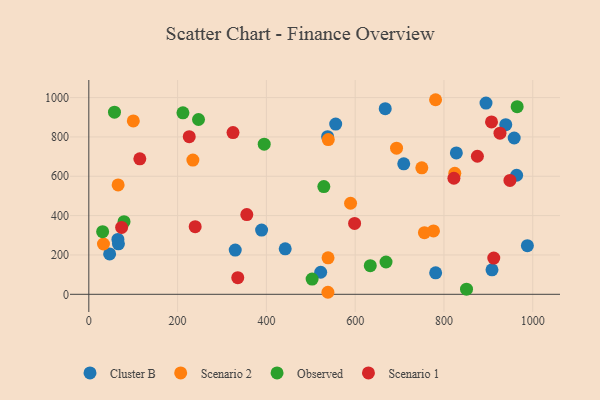
{"axis": {"x": "Investment", "y": "Fuel Efficiency"}, "legend": ["Cluster B", "Observed", "Scenario 1", "Scenario 2"], "data": [{"x": "987.9", "y": 247.4, "type": "Cluster B"}, {"x": "46.9", "y": 205.4, "type": "Cluster B"}, {"x": "329.8", "y": 224.9, "type": "Cluster B"}, {"x": "963.7", "y": 605.2, "type": "Cluster B"}, {"x": "667.7", "y": 943.7, "type": "Cluster B"}, {"x": "442.4", "y": 231.0, "type": "Cluster B"}, {"x": "65.5", "y": 278.9, "type": "Cluster B"}, {"x": "894.7", "y": 972.0, "type": "Cluster B"}, {"x": "958.2", "y": 794.6, "type": "Cluster B"}, {"x": "556.1", "y": 865.3, "type": "Cluster B"}, {"x": "389.2", "y": 326.3, "type": "Cluster B"}, {"x": "908.2", "y": 124.2, "type": "Cluster B"}, {"x": "66.7", "y": 256.8, "type": "Cluster B"}, {"x": "781.3", "y": 109.2, "type": "Cluster B"}, {"x": "537.9", "y": 801.4, "type": "Cluster B"}, {"x": "939.2", "y": 862.3, "type": "Cluster B"}, {"x": "709.4", "y": 663.2, "type": "Cluster B"}, {"x": "522.3", "y": 112.0, "type": "Cluster B"}, {"x": "827.9", "y": 718.7, "type": "Cluster B"}, {"x": "234.4", "y": 682.3, "type": "Scenario 2"}, {"x": "693.2", "y": 743.0, "type": "Scenario 2"}, {"x": "33.0", "y": 255.8, "type": "Scenario 2"}, {"x": "750.1", "y": 643.1, "type": "Scenario 2"}, {"x": "538.6", "y": 10.3, "type": "Scenario 2"}, {"x": "539.4", "y": 786.8, "type": "Scenario 2"}, {"x": "781.1", "y": 989.2, "type": "Scenario 2"}, {"x": "538.9", "y": 185.5, "type": "Scenario 2"}, {"x": "589.6", "y": 462.9, "type": "Scenario 2"}, {"x": "824.4", "y": 615.2, "type": "Scenario 2"}, {"x": "66.0", "y": 556.2, "type": "Scenario 2"}, {"x": "100.2", "y": 881.3, "type": "Scenario 2"}, {"x": "776.4", "y": 322.4, "type": "Scenario 2"}, {"x": "756.0", "y": 313.1, "type": "Scenario 2"}, {"x": "964.9", "y": 953.7, "type": "Observed"}, {"x": "850.8", "y": 26.1, "type": "Observed"}, {"x": "669.5", "y": 164.3, "type": "Observed"}, {"x": "212.0", "y": 922.4, "type": "Observed"}, {"x": "634.0", "y": 145.5, "type": "Observed"}, {"x": "503.0", "y": 77.5, "type": "Observed"}, {"x": "79.3", "y": 369.1, "type": "Observed"}, {"x": "57.8", "y": 925.9, "type": "Observed"}, {"x": "529.4", "y": 547.7, "type": "Observed"}, {"x": "31.1", "y": 318.4, "type": "Observed"}, {"x": "247.1", "y": 888.6, "type": "Observed"}, {"x": "395.1", "y": 763.2, "type": "Observed"}, {"x": "912.2", "y": 184.3, "type": "Scenario 1"}, {"x": "598.7", "y": 360.2, "type": "Scenario 1"}, {"x": "324.8", "y": 822.0, "type": "Scenario 1"}, {"x": "114.9", "y": 688.8, "type": "Scenario 1"}, {"x": "73.9", "y": 340.2, "type": "Scenario 1"}, {"x": "907.1", "y": 876.4, "type": "Scenario 1"}, {"x": "926.2", "y": 818.9, "type": "Scenario 1"}, {"x": "875.3", "y": 701.8, "type": "Scenario 1"}, {"x": "948.6", "y": 579.1, "type": "Scenario 1"}, {"x": "226.2", "y": 801.2, "type": "Scenario 1"}, {"x": "822.4", "y": 590.0, "type": "Scenario 1"}, {"x": "355.9", "y": 405.2, "type": "Scenario 1"}, {"x": "239.6", "y": 343.6, "type": "Scenario 1"}, {"x": "335.5", "y": 84.7, "type": "Scenario 1"}]}